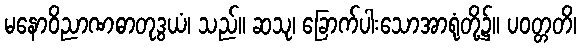
မနောဝိညာဏဓာတုဒွယံ၊ သည်။ ဆသု၊ ခြောက်ပါးသောအာရုံတို့၌။ ပဝတ္တတိ၊